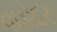
વાડોદર